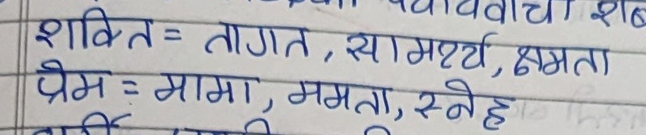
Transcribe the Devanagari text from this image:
शक्ति = तागत, सामर्थ्य, क्षमता
प्रेम = मामा, ममता, स्नेह